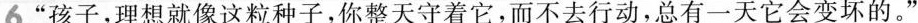
6.“孩子，理想就像这粒种子，你整天守着它，而不去行动，总有一天它会变坏的。”